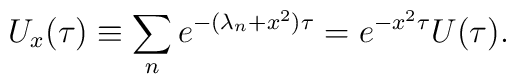
U_{x}(\tau) \equiv \sum_{n}e^{-(\lambda_{n}+x^{2})\tau}=e^{-x^{2}\tau}U(\tau).